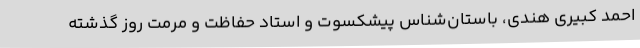
احمد کبیری‌ هندی، باستان‌شناس پیشکسوت و استاد حفاظت و مرمت روز گذشته